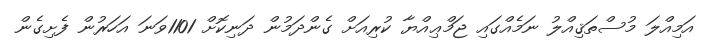
އަމިއްލަ މުސްތަޤިއްލު ނަމެއްގައި ޖަމްޢިއްޔާ ކުރިއަށް ގެންދަމުން ދަނިކޮށް 1101ވަނަ އަހަރުން ފެށިގެން